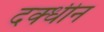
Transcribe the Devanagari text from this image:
दक्धीन